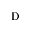
\mathrm { D }